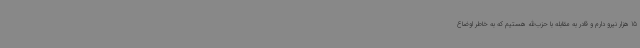
15 هزار نیرو دارم و قادر به مقابله با حزب‌الله هستیم که به خاطر اوضاع